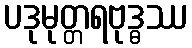
ပဒုမုတ္တရဗုဒ္ဓဿ